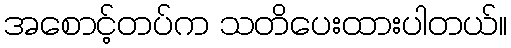
အစောင့်တပ်က သတိပေးထားပါတယ်။